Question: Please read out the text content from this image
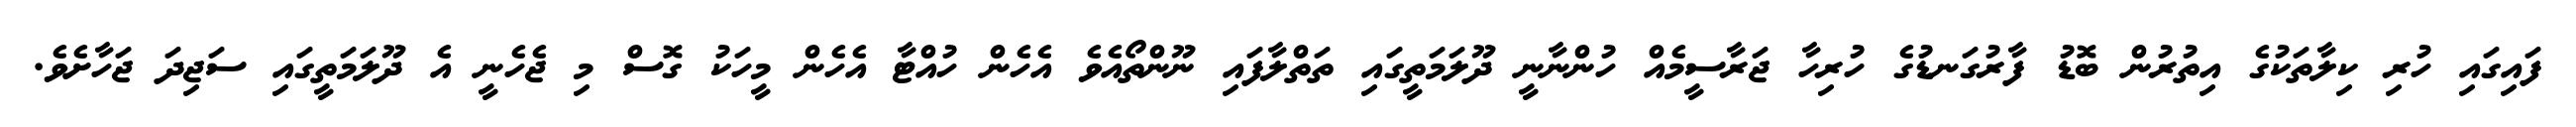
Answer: ފައިގައި ހުރި ކިލާތަކުގެ އިތުރުން ބޮޑު ފާރުގަނޑުގެ ހުރިހާ ޖަރާސީމެއް ހުންނާނީ ދޫލަމަތީގައި ތަތްލާފައި ނޫންތޯއެވެ އެހެން ހުއްޓާ އެހެން މީހަކު ގޮސް މި ޖެހެނީ އެ ދޫލަމަތީގައި ސަޖިދަ ޖަހާށެވެ.